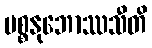
ပစ္စနုဘောဿသီတိ